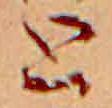
と